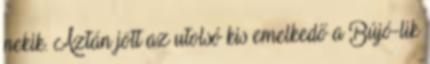
nekik. Aztán jött az utolsó kis emelkedő a Bújó-lik